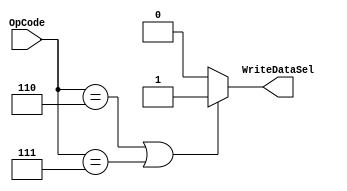

module WriteDataSelMod (OpCode, WriteDataSel);

input [4:0]	OpCode;
output		WriteDataSel;

assign WriteDataSel = ((OpCode == 5'b00110) | (OpCode == 5'b00111)) ? 1'b1 : 1'b0;

endmodule